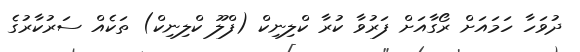
ދުވަހާ ހަމައަށް ރޯގާއަށް ފަރުވާ ކުރާ ކްލިނިކް (ފްލޫ ކްލިނިކް) ތަކެއް ސަރުކާރުގެ